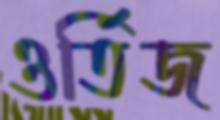
ওর্তিজ